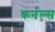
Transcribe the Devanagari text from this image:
कर्नल्‍स